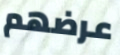
عرضهم